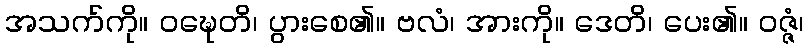
အသက်ကို။ ဝဍ္ဎေတိ၊ ပွားစေ၏။ ဗလံ၊ အားကို။ ဒေတိ၊ ပေး၏။ ဝဇ္ဇံ၊